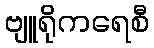
ဗျူရိုကရေစီ